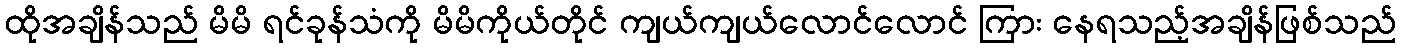
ထိုအချိန်သည် မိမိ ရင်ခုန်သံကို မိမိကိုယ်တိုင် ကျယ်ကျယ်လောင်လောင် ကြား နေရသည့်အချိန်ဖြစ်သည်